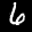
Label: 6